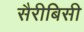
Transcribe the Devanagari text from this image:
सैरीबिसी